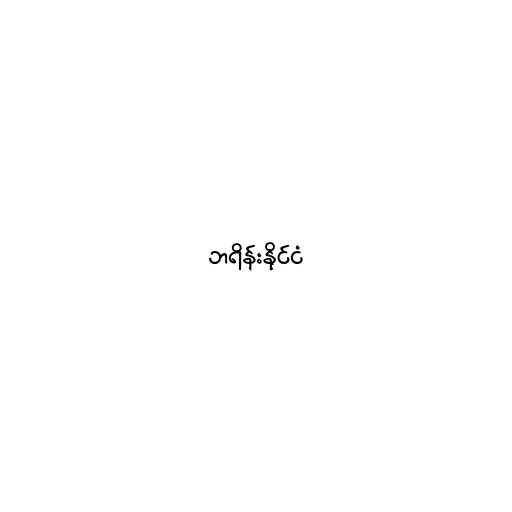
ဘရိန်းနိုင်ငံ